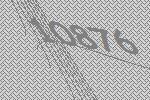
10876